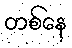
တစ်နေ